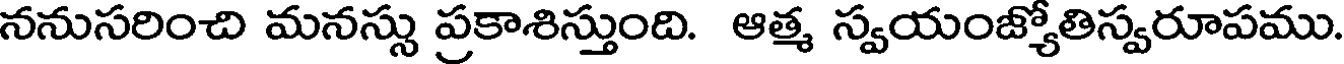
ననుసరించి మనస్సు ప్రకాశిస్తుంది. ఆత్మ స్వయంజ్యోతిస్వరూపము.